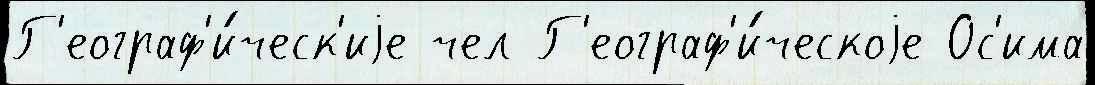
Г'еограф'и́ческ'иjе чел Г'еограф'и́ческоjе Ос'има